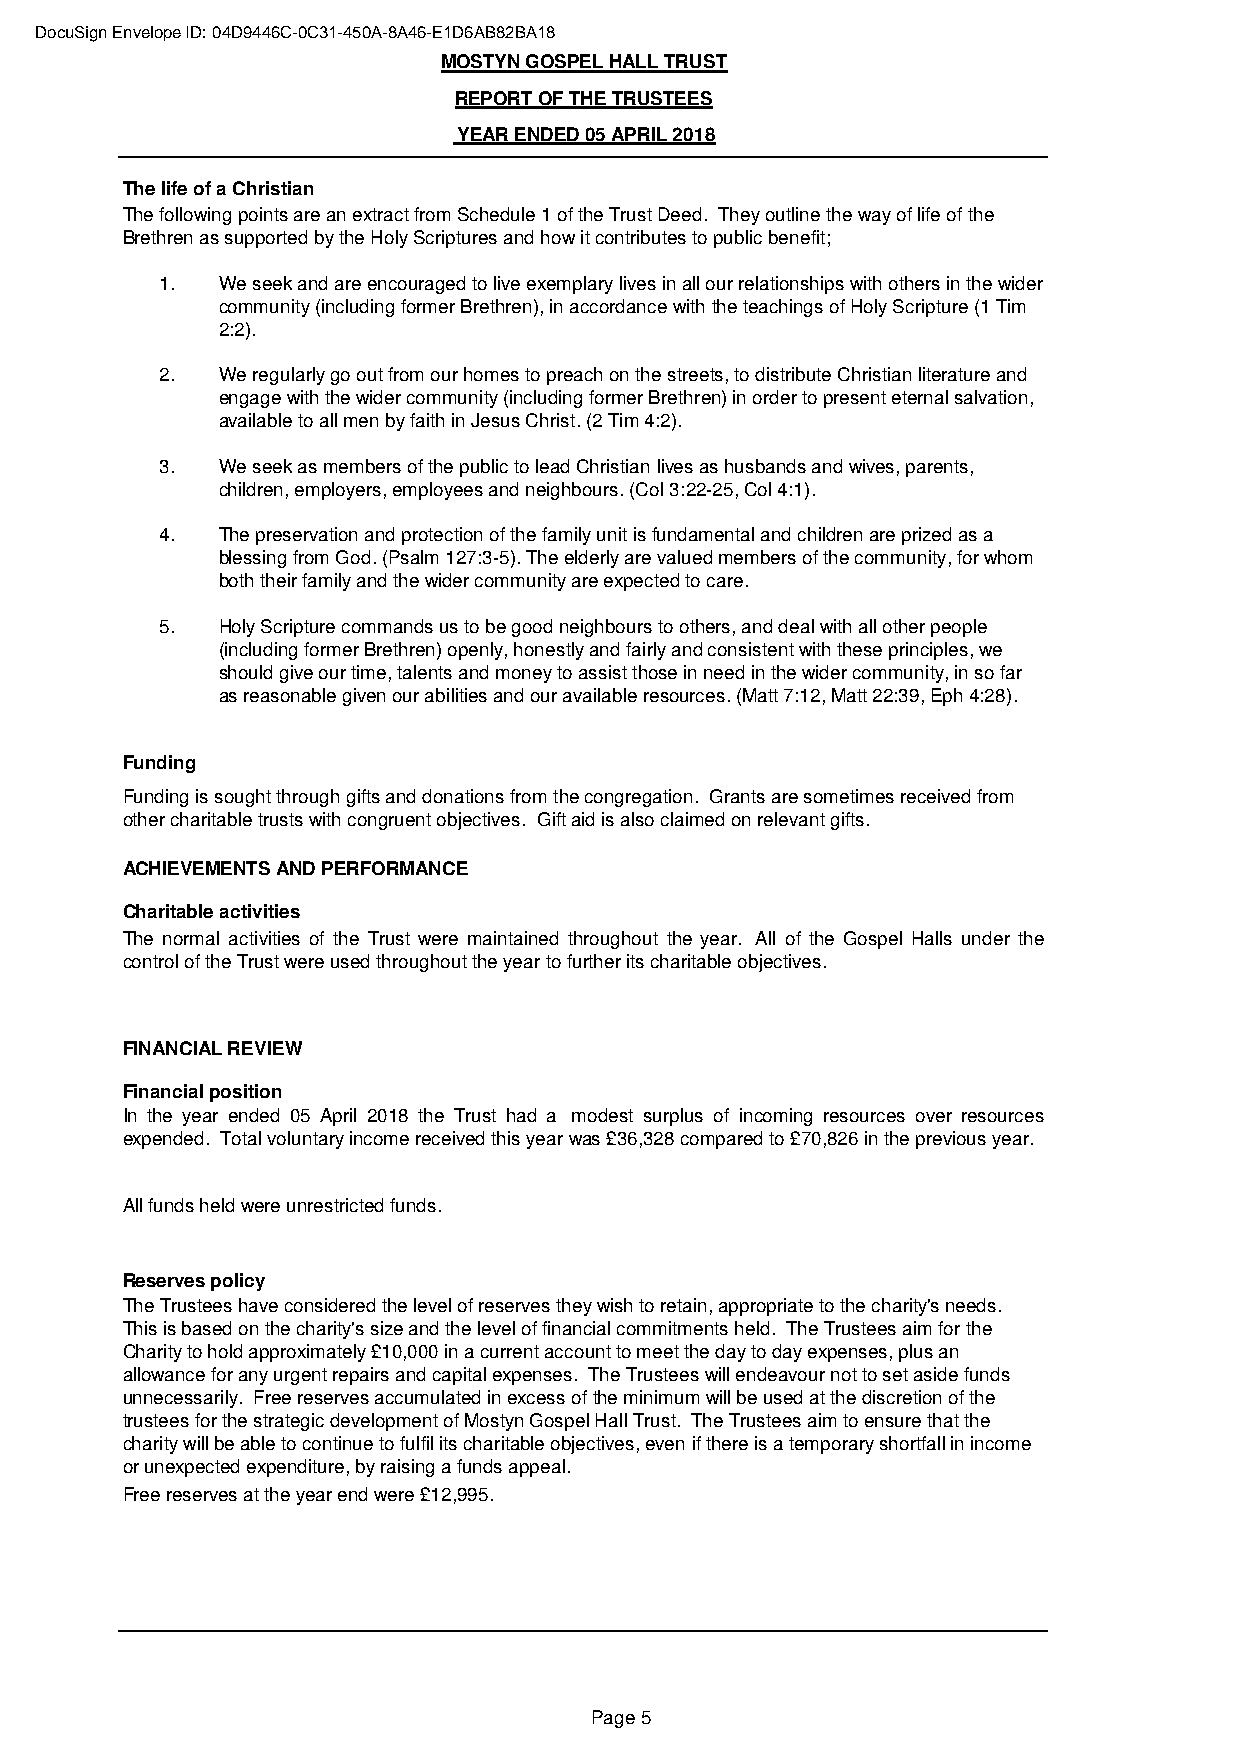
DocuSign Envelope ID: 04D9446C-0C31-450A-8A46-E1D6AB82BA18
 MOSTYN GOSPEL HALL TRUST
 REPORT OF THE TRUSTEES
 YEAR ENDED 05 APRIL 2018
 The life of a Christian
 The following points are an extract from Schedule 1 of the Trust Deed. They outline the way of life of the
 Brethren as supported by the Holy Scriptures and how it contributes to public benefit;
 1. We seek and are encouraged to live exemplary lives in all our relationships with others in the wider
 community (including former Brethren), in accordance with the teachings of Holy Scripture (1 Tim
 2:2).
 2. We regularly go out from our homes to preach on the streets, to distribute Christian literature and
 engage with the wider community (including former Brethren) in order to present eternal salvation,
 available to all men by faith in Jesus Christ. (2 Tim 4:2).
 3. We seek as members of the public to lead Christian lives as husbands and wives, parents,
 children, employers, employees and neighbours. (Col 3:22-25, Col 4:1).
 4. The preservation and protection of the family unit is fundamental and children are prized as a
 blessing from God. (Psalm 127:3-5). The elderly are valued members of the community, for whom
 both their family and the wider community are expected to care.
 5. Holy Scripture commands us to be good neighbours to others, and deal with all other people
 (including former Brethren) openly, honestly and fairly and consistent with these principles, we
 should give our time, talents and money to assist those in need in the wider community, in so far
 as reasonable given our abilities and our available resources. (Matt 7:12, Matt 22:39, Eph 4:28).
 Funding
 Funding is sought through gifts and donations from the congregation. Grants are sometimes received from
 other charitable trusts with congruent objectives. Gift aid is also claimed on relevant gifts.
 ACHIEVEMENTS AND PERFORMANCE
 Charitable activities
 The normal activities of the Trust were maintained throughout the year. All of the Gospel Halls under the
 control of the Trust were used throughout the year to further its charitable objectives.
 FINANCIAL REVIEW
 Financial position
 In the year ended 05 April 2018 the Trust had a modest surplus of incoming resources over resources
 expended. Total voluntary income received this year was £36,328 compared to £70,826 in the previous year.
 All funds held were unrestricted funds.
 Reserves policy
 The Trustees have considered the level of reserves they wish to retain, appropriate to the charity's needs.
 This is based on the charity's size and the level of financial commitments held. The Trustees aim for the
 Charity to hold approximately £10,000 in a current account to meet the day to day expenses, plus an
 allowance for any urgent repairs and capital expenses. The Trustees will endeavour not to set aside funds
 unnecessarily. Free reserves accumulated in excess of the minimum will be used at the discretion of the
 trustees for the strategic development of Mostyn Gospel Hall Trust. The Trustees aim to ensure that the
 charity will be able to continue to fulfil its charitable objectives, even if there is a temporary shortfall in income
 or unexpected expenditure, by raising a funds appeal.
 Free reserves at the year end were £12,995.
 Page 5